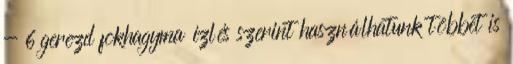
- 6 gerezd fokhagyma ízlés szerint használhatunk többet is